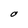
Character: O